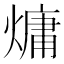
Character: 𪹨